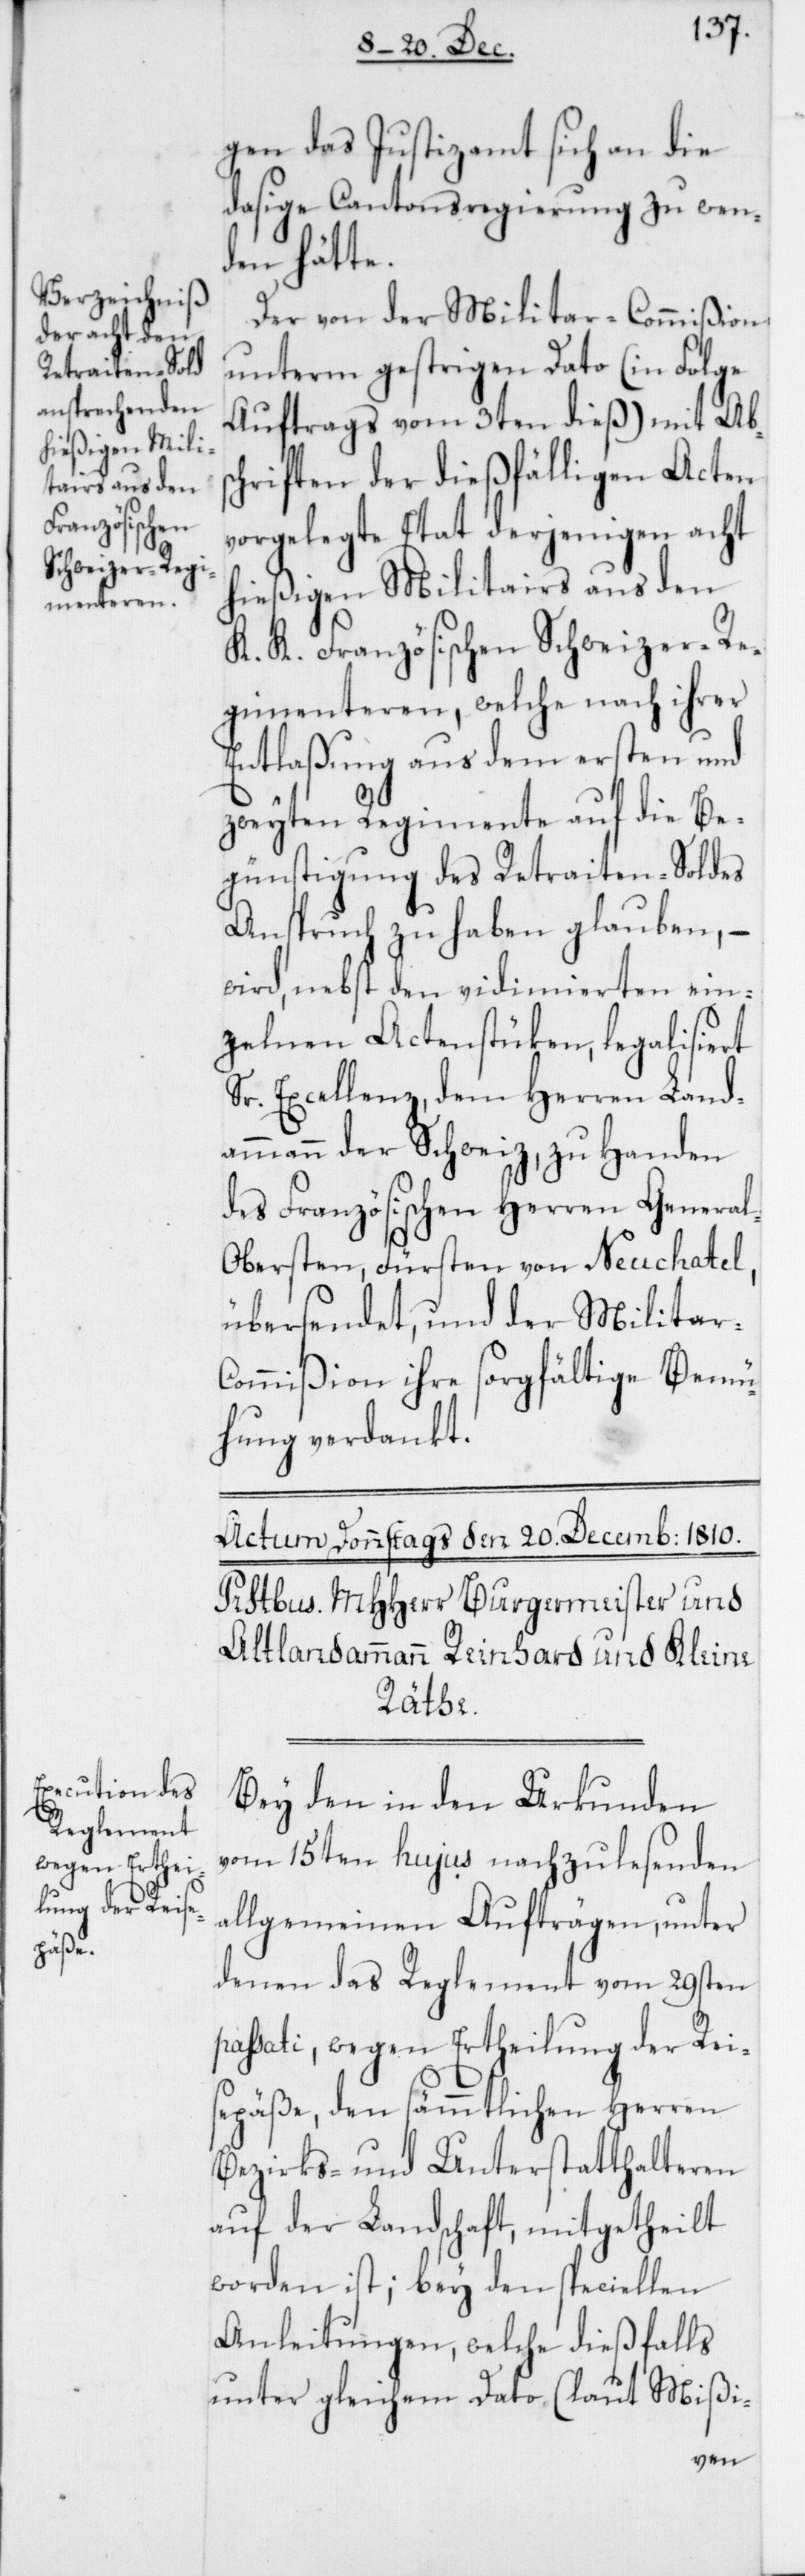
gen das Justizamt sich an die
dasige Cantonsregierung zu wen¬
den hätte.
Der von der Militar-Commißion
unterm gestrigen Dato (in Folge
Auftrags vom 3ten dieß) mit Abs¬
chriften der dießfälligen Acten
vorgelegte Etat derjenigen acht
hießigen Militairs aus den
K. K. Französischen Schweizer-Re¬
gimenteren, welche nach ihrer
Entlaßung aus dem ersten und
zweyten Regimente auf die Be¬
günstigung des Retraiten-Soldes
Anspruch zu haben glauben, –
wird, nebst den vidimierten ein¬
zelnen Actenstücken, legalisiert
Sr. Excellenz, dem Herren Land¬
ammann der Schweiz, zu Handen
des Französischen Herren Genera¬
l-Obersten, Fürsten von Neuchatel,
übersendet, und der Militar-C¬
ommißion ihre sorgfältige Bemü¬
hung verdankt.
Bey den in den Urkunden
vom 15ten hujus nachzulesenden
allgemeinen Aufträgen, unter
denen das Reglement vom 29sten
passati, wegen Ertheilung der Rei¬
sepäße, den sämmtlichen Herren
Bezirks- und Unterstatthalteren
auf der Landschaft, mitgetheilt
worden ist; bey den speciellen
Anleitungen, welche dießfalls
unter gleichem Dato (laut Mißi-